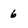
Character: 6